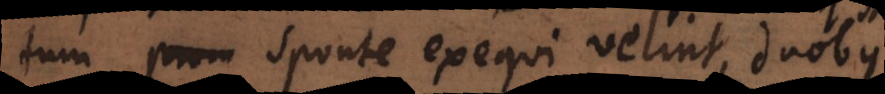
t, tum sponte exequi velint, duobus